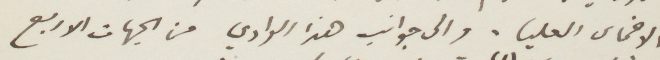
الأخماس العليا. والى جوانب هذا الوادي من الجهات الاربع